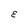
Character: E